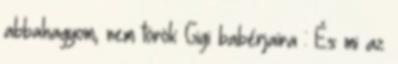
abbahagyom, nem török Gigi babérjaira : És mi az